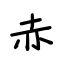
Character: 赤